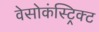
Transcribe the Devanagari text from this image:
वेसोकंस्ट्रिक्ट